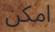
امكن